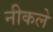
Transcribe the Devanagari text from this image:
नीकले